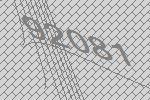
92081